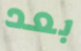
بعد